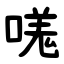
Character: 嗴